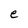
Character: e